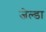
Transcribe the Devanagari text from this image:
जेल्डा